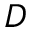
{ \cal D }